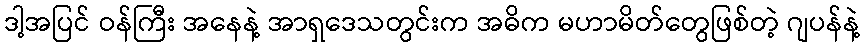
ဒါ့အပြင် ဝန်ကြီး အနေနဲ့ အာရှဒေသတွင်းက အဓိက မဟာမိတ်တွေဖြစ်တဲ့ ဂျပန်နဲ့